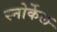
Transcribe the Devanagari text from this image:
स्नोर्केल